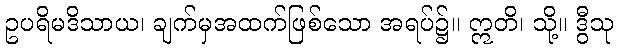
ဥပရိမဒိသာယ၊ ချက်မှအထက်ဖြစ်သော အရပ်၌။ ဣတိ၊ သို့။ ဒွီသု